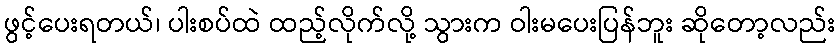
ဖွင့်ပေးရတယ်၊ ပါးစပ်ထဲ ထည့်လိုက်လို့ သွားက ဝါးမပေးပြန်ဘူး ဆိုတော့လည်း